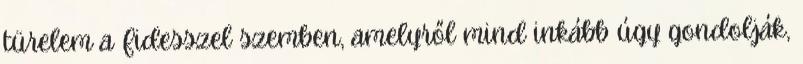
türelem a Fidesszel szemben, amelyről mind inkább úgy gondolják,